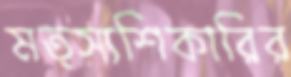
মত্স্যশিকারির